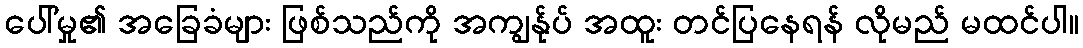
ပေါ်မှု၏ အခြေခံများ ဖြစ်သည်ကို အကျွန်ုပ် အထူး တင်ပြနေရန် လိုမည် မထင်ပါ။